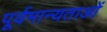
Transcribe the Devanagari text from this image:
पूर्वमान्यताओं